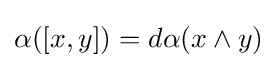
\alpha ([x,y])=d\alpha (x\wedge y)